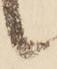
候